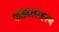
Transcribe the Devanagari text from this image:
पातंजलरहस्य